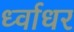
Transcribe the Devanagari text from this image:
र्ध्वाधर